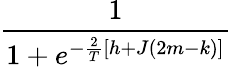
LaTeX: \frac{1}{1+e^{-\frac{2}{T}[h+J(2m-k)]}}